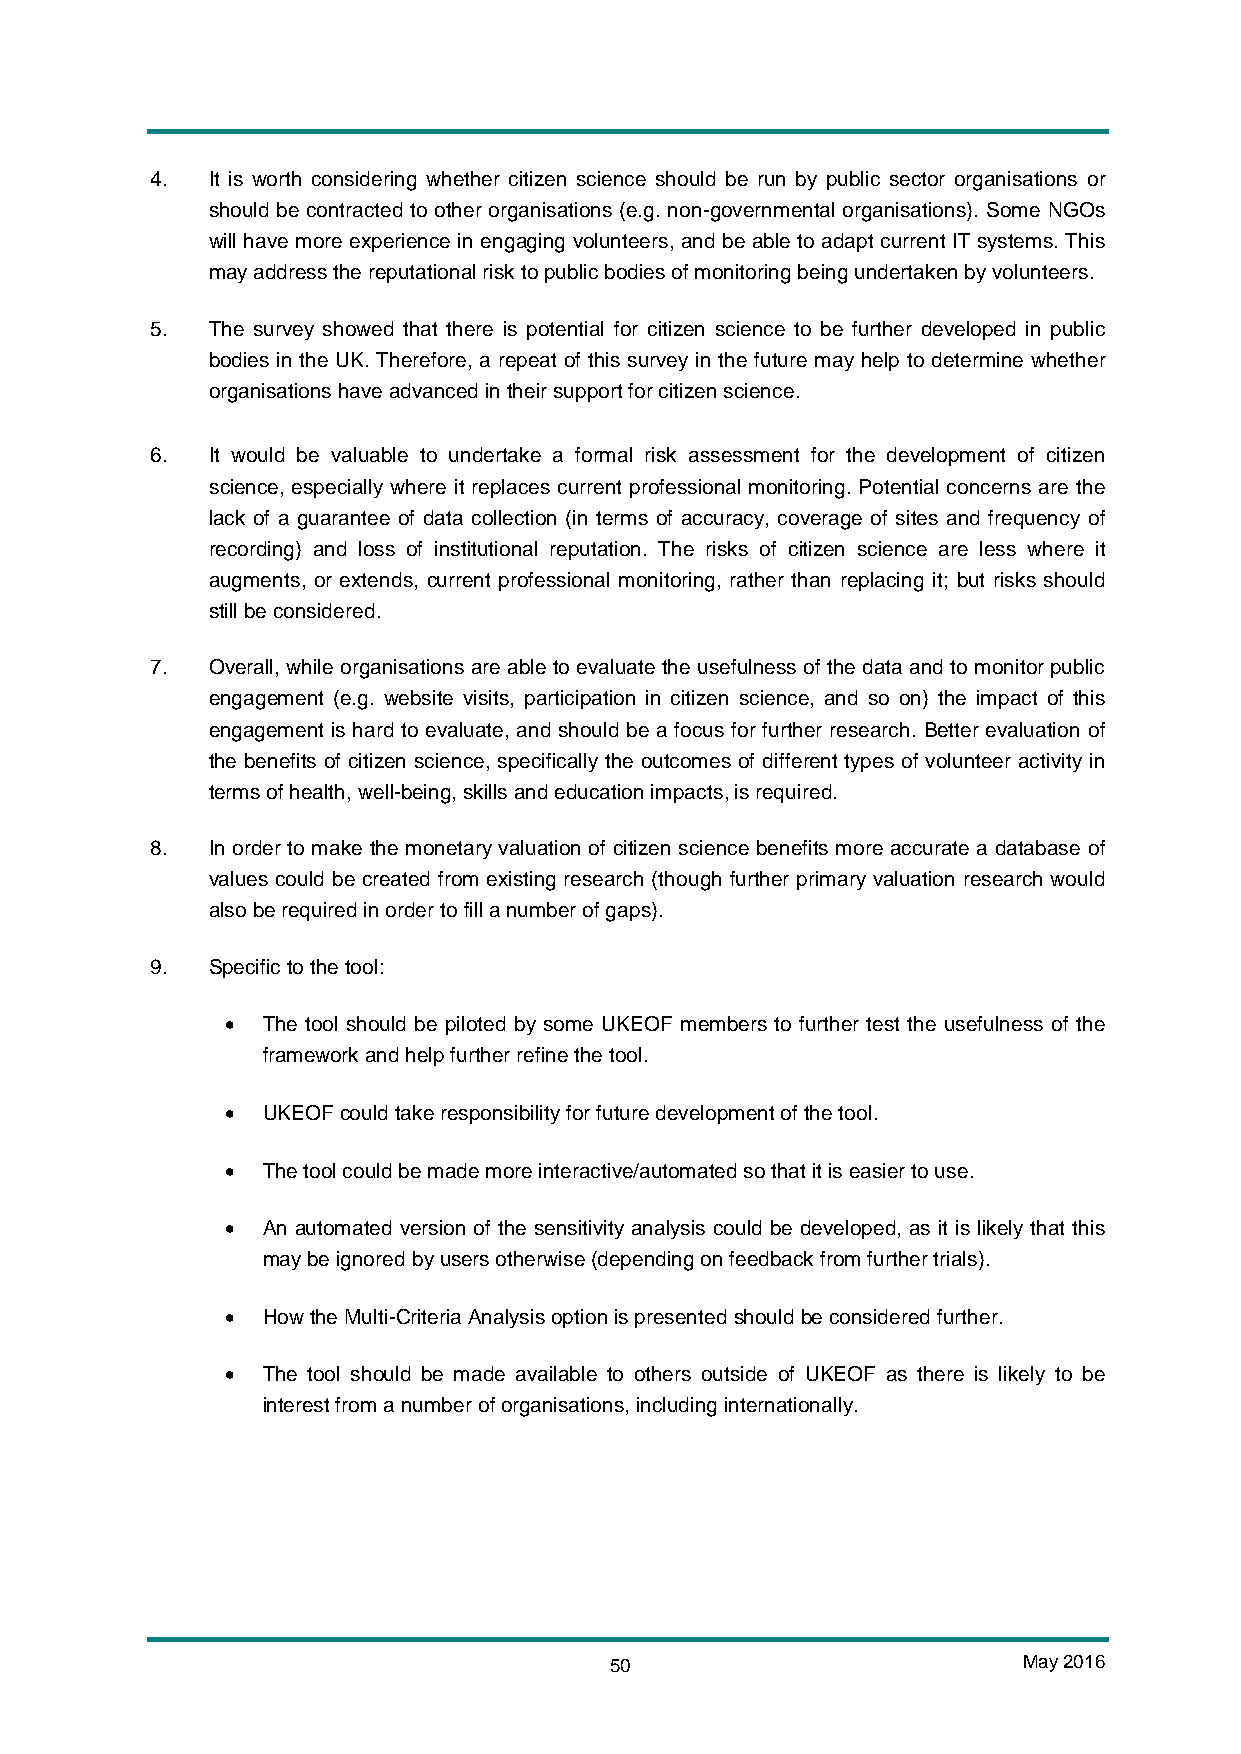
4.  It is worth considering whether citizen science should be run by public sector organisations or
 should be contracted to other organisations (e.g. non-governmental organisations). Some NGOs
 will have more experience in engaging volunteers, and be able to adapt current IT systems. This
 may address the reputational risk to public bodies of monitoring being undertaken by volunteers.
 5.  The survey showed that there is potential for citizen science to be further developed in public
 bodies in the UK. Therefore, a repeat of this survey in the future may help to determine whether
 organisations have advanced in their support for citizen science.
 6.  It would be valuable to undertake a formal risk assessment for the development of citizen
 science, especially where it replaces current professional monitoring. Potential concerns are the
 lack of a guarantee of data collection (in terms of accuracy, coverage of sites and frequency of
 recording) and loss of institutional reputation. The risks of citizen science are less where it
 augments, or extends, current professional monitoring, rather than replacing it; but risks should
 still be considered.
 7.  Overall, while organisations are able to evaluate the usefulness of the data and to monitor public
 engagement (e.g. website visits, participation in citizen science, and so on) the impact of this
 engagement is hard to evaluate, and should be a focus for further research. Better evaluation of
 the benefits of citizen science, specifically the outcomes of different types of volunteer activity in
 terms of health, well-being, skills and education impacts, is required.
 8.  In order to make the monetary valuation of citizen science benefits more accurate a database of
 values could be created from existing research (though further primary valuation research would
 also be required in order to fill a number of gaps).
 9.  Specific to the tool:
 • The tool should be piloted by some UKEOF members to further test the usefulness of the
 framework and help further refine the tool.
 • UKEOF could take responsibility for future development of the tool.
 • The tool could be made more interactive/automated so that it is easier to use.
 • An automated version of the sensitivity analysis could be developed, as it is likely that this
 may be ignored by users otherwise (depending on feedback from further trials).
 • How the Multi-Criteria Analysis option is presented should be considered further.
 • The tool should be made available to others outside of UKEOF as there is likely to be
 interest from a number of organisations, including internationally.
 50                          May 2016